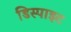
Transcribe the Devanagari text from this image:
डिस्पाइट